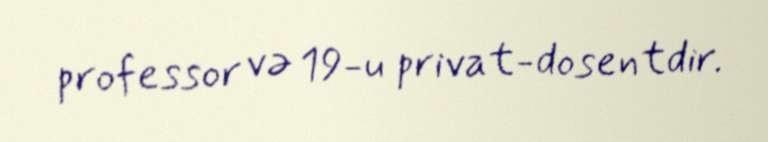
professor və 19-u privat-dosentdir.